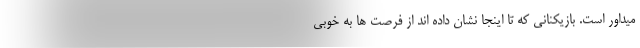
میداور است. بازیکنانی که تا اینجا نشان داده اند از فرصت ها به خوبی